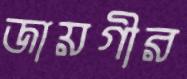
জায়গীর